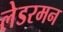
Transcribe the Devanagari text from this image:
लेडरमन